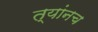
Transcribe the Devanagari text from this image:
त्यांनच